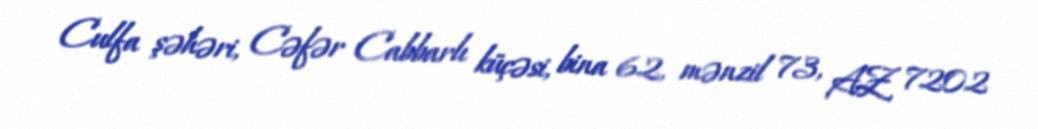
Culfa şəhəri, Cəfər Cabbarlı küçəsi, bina 62, mənzil 73, AZ 7202